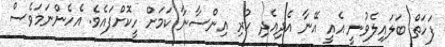
ފަހަތް ބަލައިލެވުނީ އެއީ އޭނާ އެދިއެދި ހުރި އިންސާނާ ކަމަށް ހީކޮށްފައެވެ. އެހެންނަމަވެސް